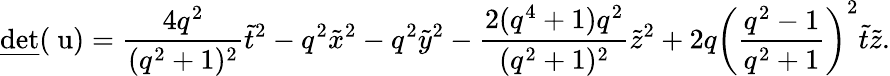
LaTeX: \underline{{{\mathrm{det}}}}(\mathrm{\mathbf~u})=\frac{4q^{2}}{(q^{2}+1)^{2}}\tilde{t}^{2}-q^{2}\tilde{x}^{2}-q^{2}\tilde{y}^{2}-\frac{2(q^{4}+1)q^{2}}{(q^{2}+1)^{2}}\tilde{z}^{2}+2q\left(\frac{q^{2}-1}{q^{2}+1}\right)^{2}\tilde{t}\tilde{z}.